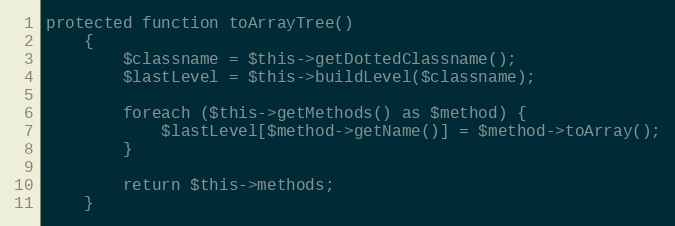
Language: PHP
protected function toArrayTree()
    {
        $classname = $this->getDottedClassname();
        $lastLevel = $this->buildLevel($classname);

        foreach ($this->getMethods() as $method) {
            $lastLevel[$method->getName()] = $method->toArray();
        }

        return $this->methods;
    }